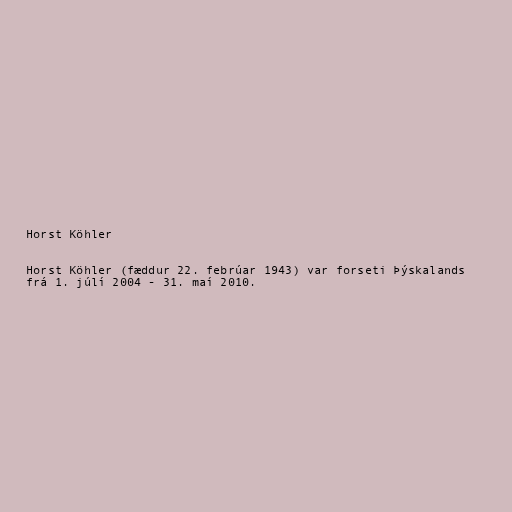
Horst Köhler

Horst Köhler (fæddur 22. febrúar 1943) var forseti Þýskalands
frá 1. júlí 2004 - 31. maí 2010.